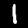
Label: 1